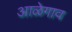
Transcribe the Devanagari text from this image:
आळेगाव